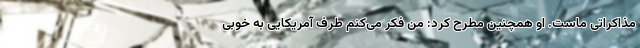
مذاکراتی ماست. او همچنین مطرح کرد: من فکر می‌کنم طرف آمریکایی به خوبی